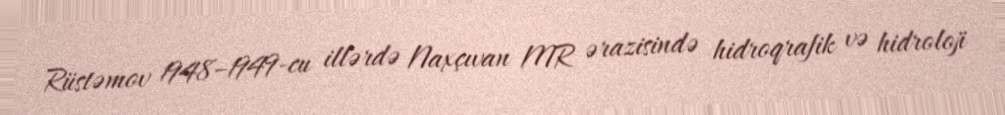
Rüstəmov 1948–1949-cu illərdə Naxçıvan MR ərazisində hidroqrafik və hidroloji